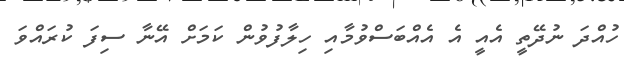
ހުއްދަ ނުދޭތީ އެއީ އެ އެއްބަސްވުމާއި ހިލާފުވުން ކަމަށް އޭނާ ސިފަ ކުރައްވަ